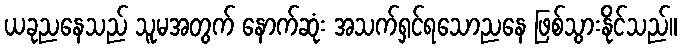
ယခုညနေသည် သူမအတွက် နောက်ဆုံး အသက်ရှင်ရသောညနေ ဖြစ်သွားနိုင်သည်။